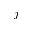
j